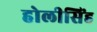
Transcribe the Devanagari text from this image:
होलीसिंह